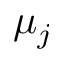
\mu _ { j }